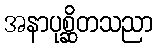
အနာပုစ္ဆိတသညာ